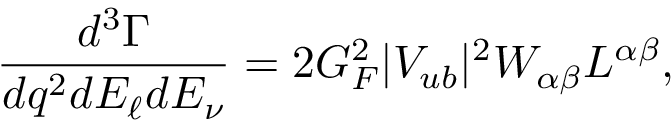
\frac { d ^ { 3 } \Gamma } { d q ^ { 2 } d E _ { \ell } d E _ { \nu } } = 2 G _ { F } ^ { 2 } | V _ { u b } | ^ { 2 } W _ { \alpha \beta } L ^ { \alpha \beta } ,